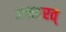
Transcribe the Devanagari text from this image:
अनवरत्